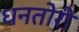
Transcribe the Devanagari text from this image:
धनतोरी